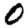
Digit: 0